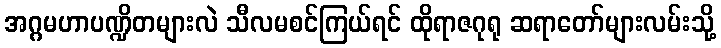
အဂ္ဂမဟာပဏ္ဍိတများလဲ သီလမစင်ကြယ်ရင် ထိုရာဇဂုရု ဆရာတော်များလမ်းသို့